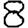
Digit: 8